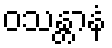
ဝသန္တာနံ